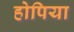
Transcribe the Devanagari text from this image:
होपिया